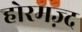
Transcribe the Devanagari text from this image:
होरमज़्द